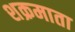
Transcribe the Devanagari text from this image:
शक्रमाता